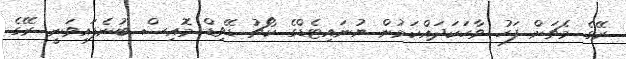
ރޭގެ މެޗަށް ފަހު ވާހަކަދައްކަމުން ޔުނައިޓެޑްގެ ކޯޗު ޑޭވިޑް މޮއިސް ބުނެފައިވަނީ ރޭގެ